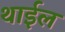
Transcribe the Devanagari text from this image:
थाईल